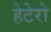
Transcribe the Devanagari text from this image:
हेटेरो